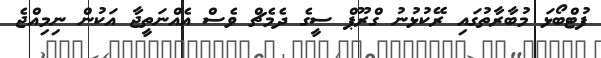
ފުޓްބޯޅަ މުބާރާތުގައި ރޭކުޅުނު ގްރޫޕް ސީގެ ދެމެޗް ވެސް އެއްނަތީޖާ އަކުން ނިމިއްޖެ